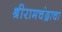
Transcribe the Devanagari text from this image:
श्रीरामचंद्राचा